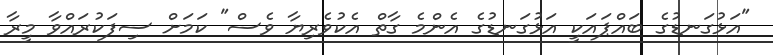
"އަޅުގަނޑުގެ ބައްޕައަކީ އަޅުގަނޑުގެ އެންމެ ގާތް އެކުވެރިޔާ ވެސް" ކަމަށް ސިފަކުރައްވާ މީރާ